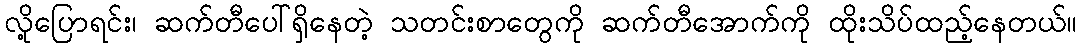
လို့ပြောရင်း၊ ဆက်တီပေါ်ရှိနေတဲ့ သတင်းစာတွေကို ဆက်တီအောက်ကို ထိုးသိပ်ထည့်နေတယ်။